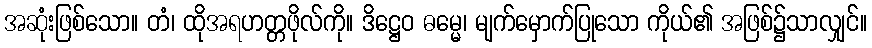
အဆုံးဖြစ်သော။ တံ၊ ထိုအရဟတ္တဖိုလ်ကို။ ဒိဋ္ဌေဝ ဓမ္မေ၊ မျက်မှောက်ပြုသော ကိုယ်၏ အဖြစ်၌သာလျှင်။